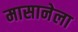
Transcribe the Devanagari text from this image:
मासानेला